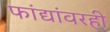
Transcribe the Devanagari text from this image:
फांद्यांवरही